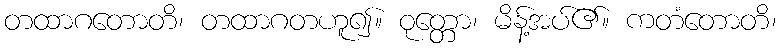
တထာဂတောတိ၊ တထာဂတဟူ၍။ ဝုတ္တော၊ မိန့်အပ်၏။ ကတံတောတိ၊